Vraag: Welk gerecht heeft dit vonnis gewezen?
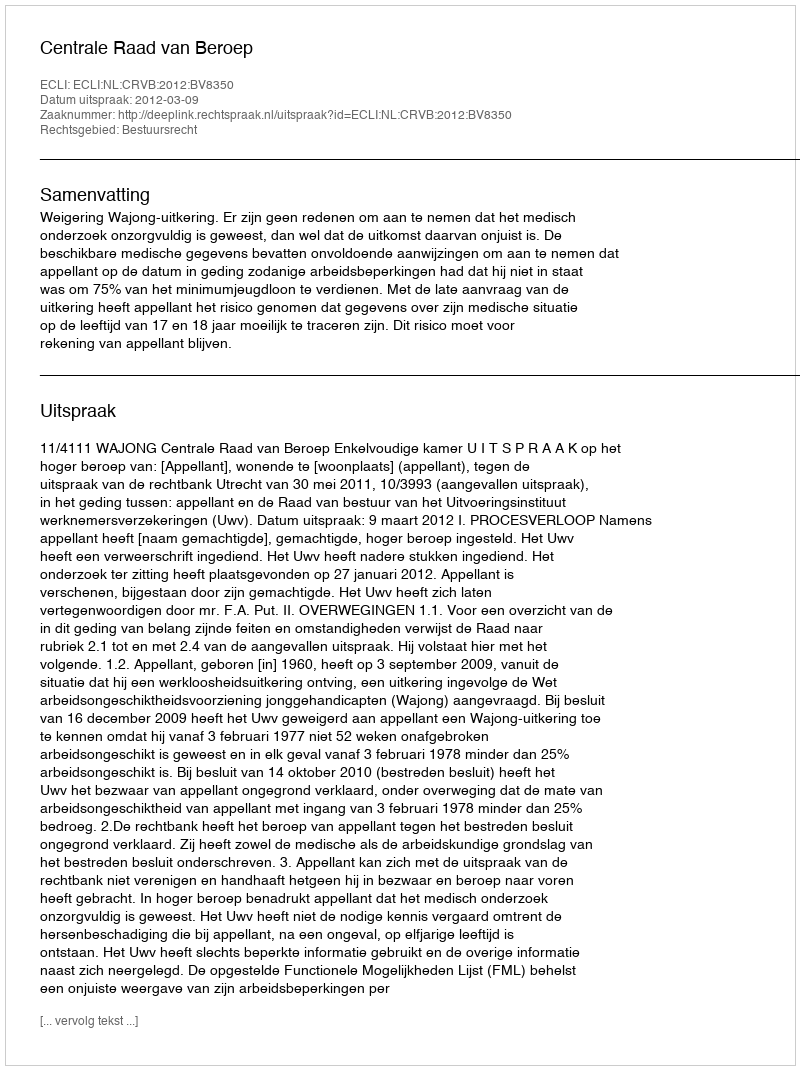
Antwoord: Centrale Raad van Beroep